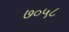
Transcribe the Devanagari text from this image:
७०५८